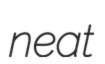
neat